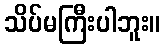
သိပ်မကြီးပါဘူး။